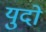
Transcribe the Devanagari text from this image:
युदो